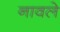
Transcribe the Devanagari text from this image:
नावले